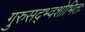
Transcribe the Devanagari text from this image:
गुरुसद्भ्वशोभितः